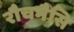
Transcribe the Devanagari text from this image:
रौचभैसि